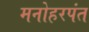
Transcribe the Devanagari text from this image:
मनोहरपंत